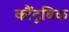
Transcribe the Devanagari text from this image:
कौंटुबिक